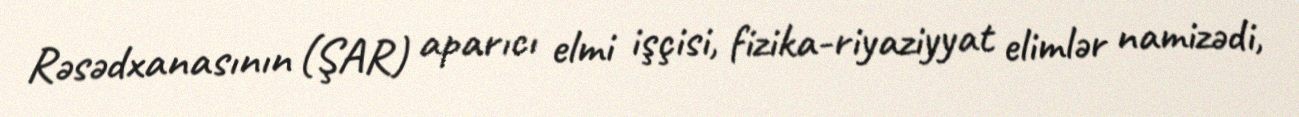
Rəsədxanasının (ŞAR) aparıcı elmi işçisi, fizika-riyaziyyat elimlər namizədi,